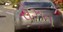
રોઝન